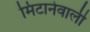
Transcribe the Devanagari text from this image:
मिटानेवाली